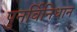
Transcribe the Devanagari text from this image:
पुनर्विनिधान